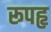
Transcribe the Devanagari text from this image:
रूपहृ